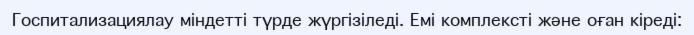
Госпитализациялау міндетті түрде жүргізіледі. Емі комплексті және оған кіреді: